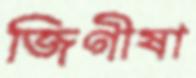
জিগীষা